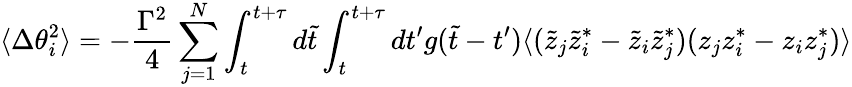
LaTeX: \langle\Delta\theta_{i}^{2}\rangle=-{\frac{\Gamma^{2}}{4}}\sum_{j=1}^{N}\int_{t}^{t+\tau}d\tilde{t}\int_{t}^{t+\tau}dt^{\prime}g(\tilde{t}-t^{\prime})\langle(\tilde{z}_{j}\tilde{z}_{i}^{*}-\tilde{z}_{i}\tilde{z}_{j}^{*})(z_{j}z_{i}^{*}-z_{i}z_{j}^{*})\rangle